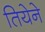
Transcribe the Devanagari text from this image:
तियेने